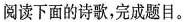
阅读下面的诗歌，完成题目。